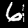
Label: 6